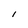
Character: l